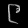
Digit: ၉